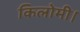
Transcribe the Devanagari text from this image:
किलोमी।